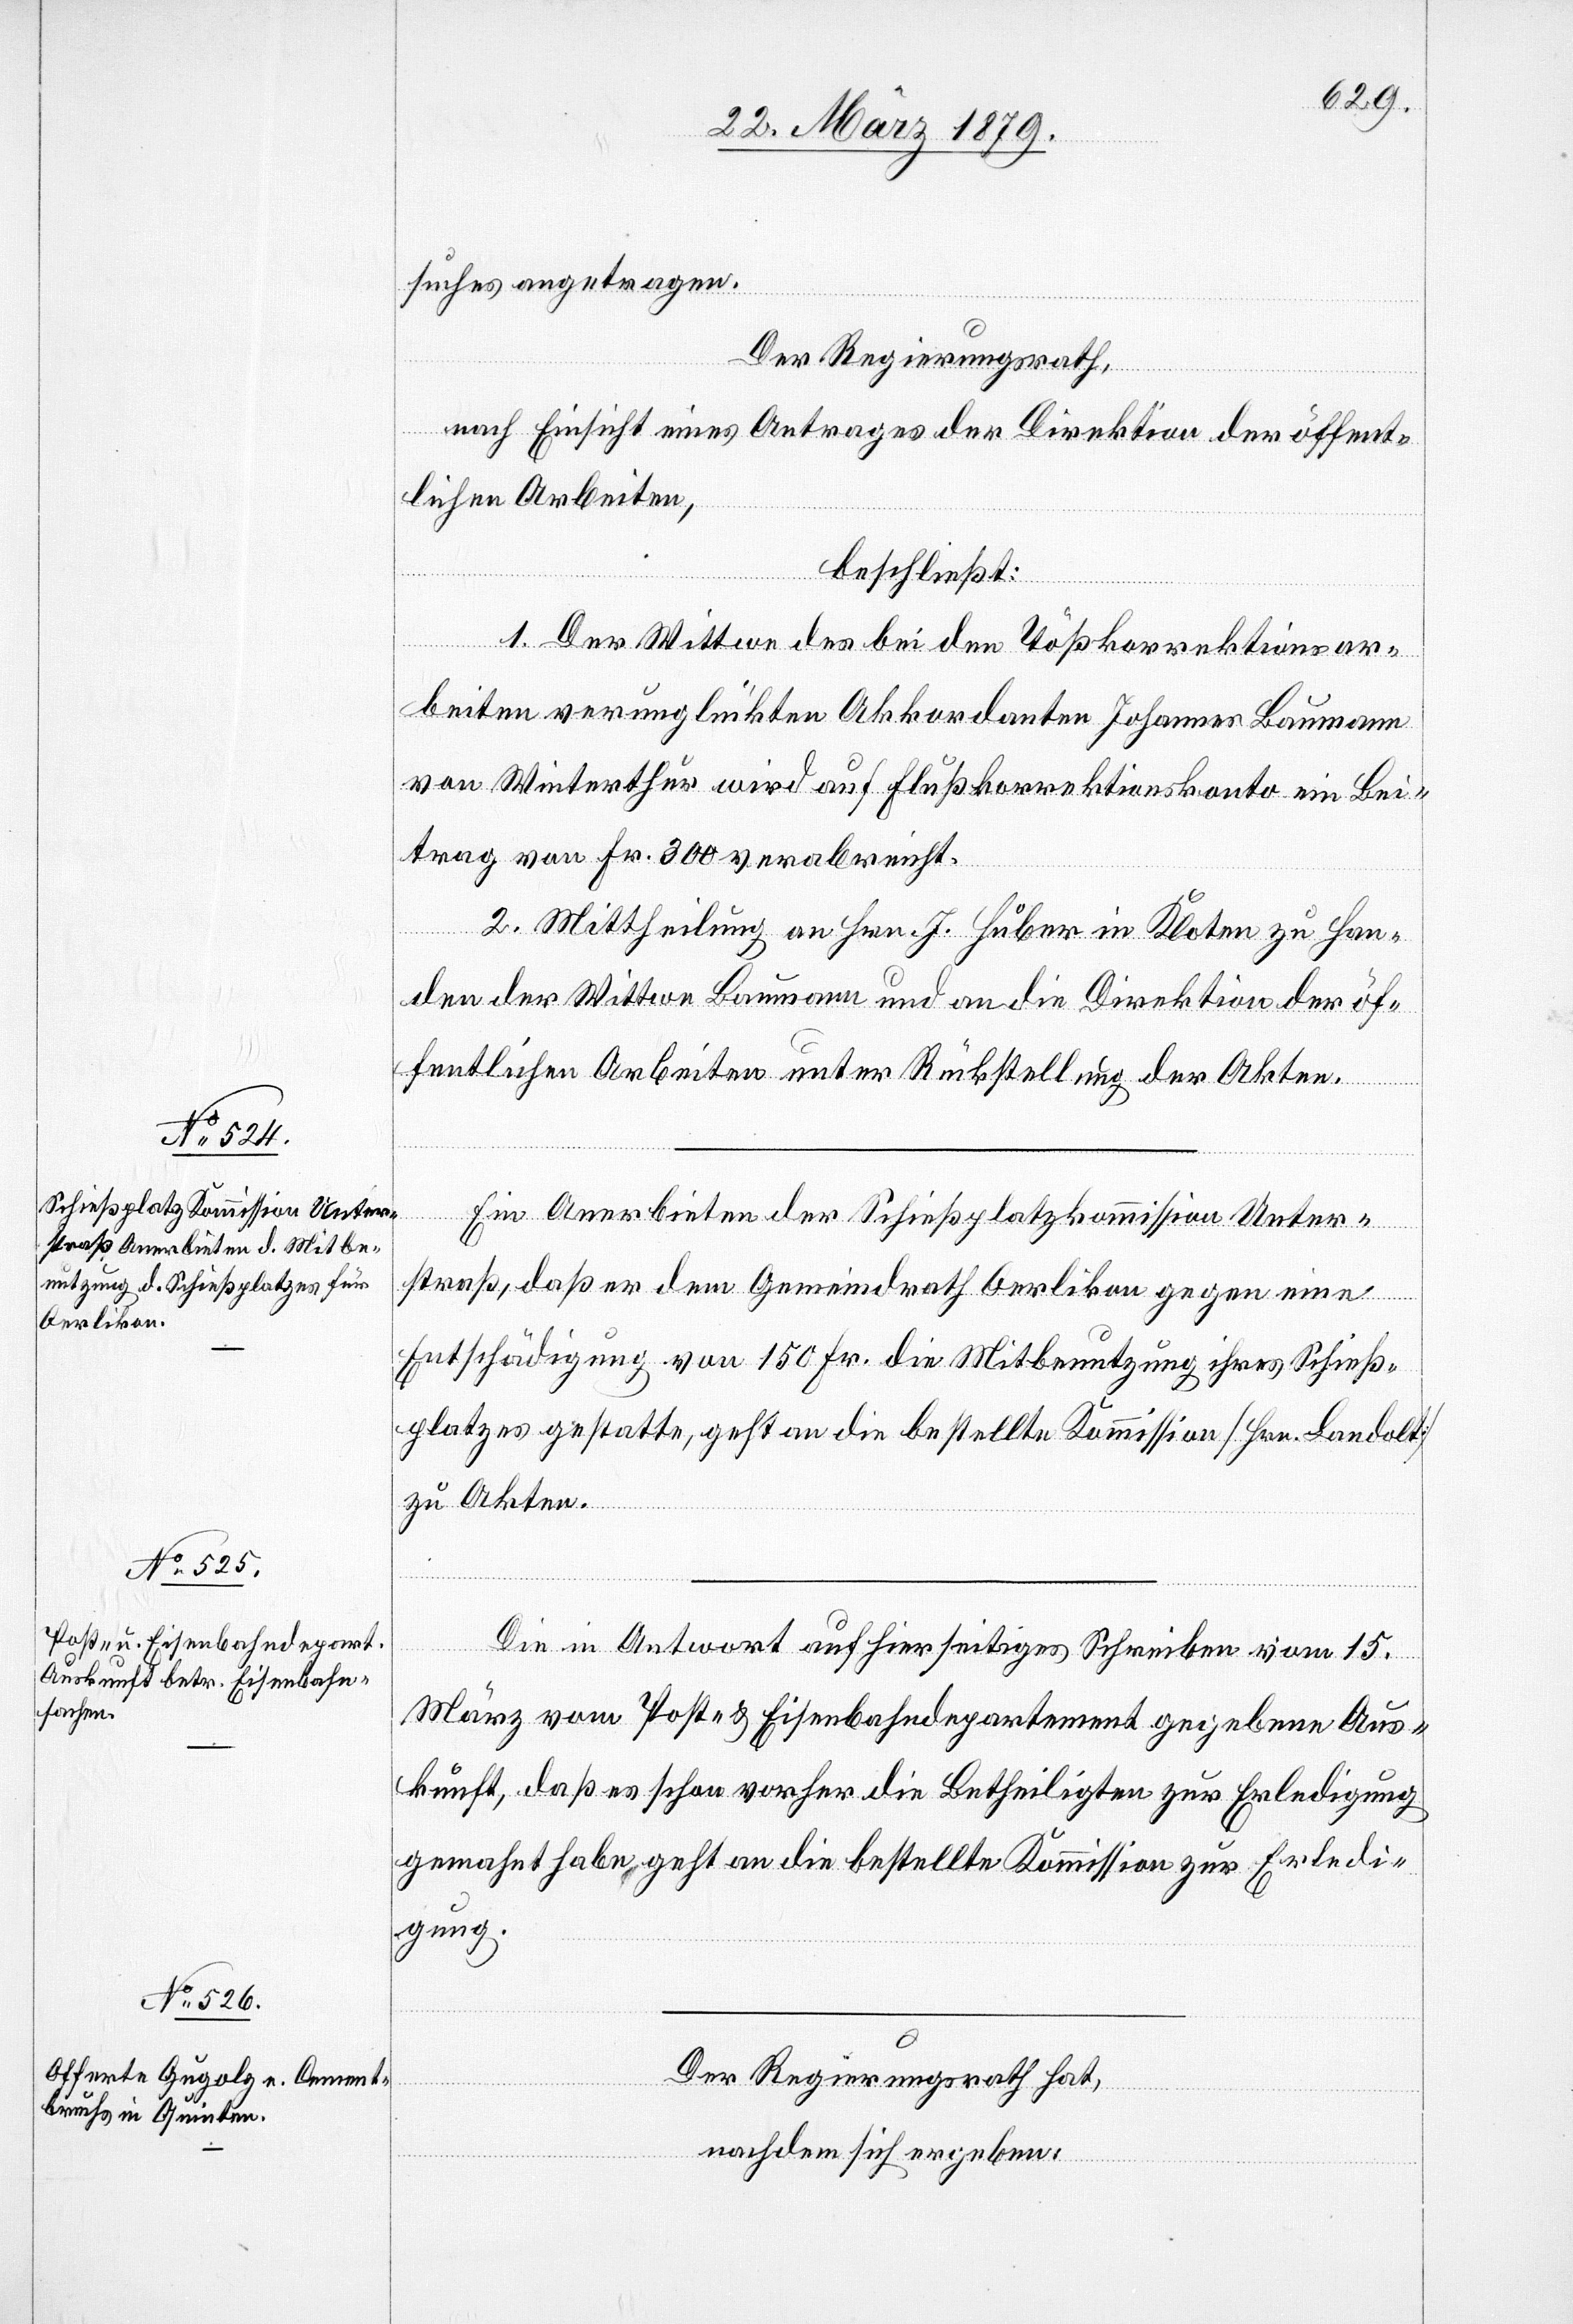
suches angetragen.
Der Regierungsrath,
nach Einsicht eines Antrages der Direktion der öffent¬
lichen Arbeiten,
beschließt:
1. Der Wittwe des bei den Tößkorrektionsar¬
beiten verunglückten Akkordanten Johannes [sic!] Baumann
von Winterthur wird auf Flußkorrektionskonto ein Bei¬
trag von Fr. 300 verabreicht.
2. Mittheilung an Hrn. J. Huber in Kloten zu Han¬
den der Wittwe Baumann und an die Direktion der öf¬
fentlichen Arbeiten unter Rückstellung der Akten.
Ein Anerbieten der Schießplatzkommission Unter¬
straß, daß er dem Gemeindrath Oerlikon gegen eine
Entschädigung von 150 Fr. die Mitbenutzung ihres Schieß¬
platzes gestatte, geht an die bestellte Kommission [Hrn. Landolt]
zu Akten.
Die in Antwort auf hierseitiges Schreiben vom 15.
März vom Post- & Eisenbahndepartement gegebene Aus¬
kunft, daß es schon vorher die Betheiligten zur Erledigung
gemahnt habe, geht an die bestellte Kommission zur Erledi¬
gung.
Der Regierungsrath hat,
nachdem sich ergeben: